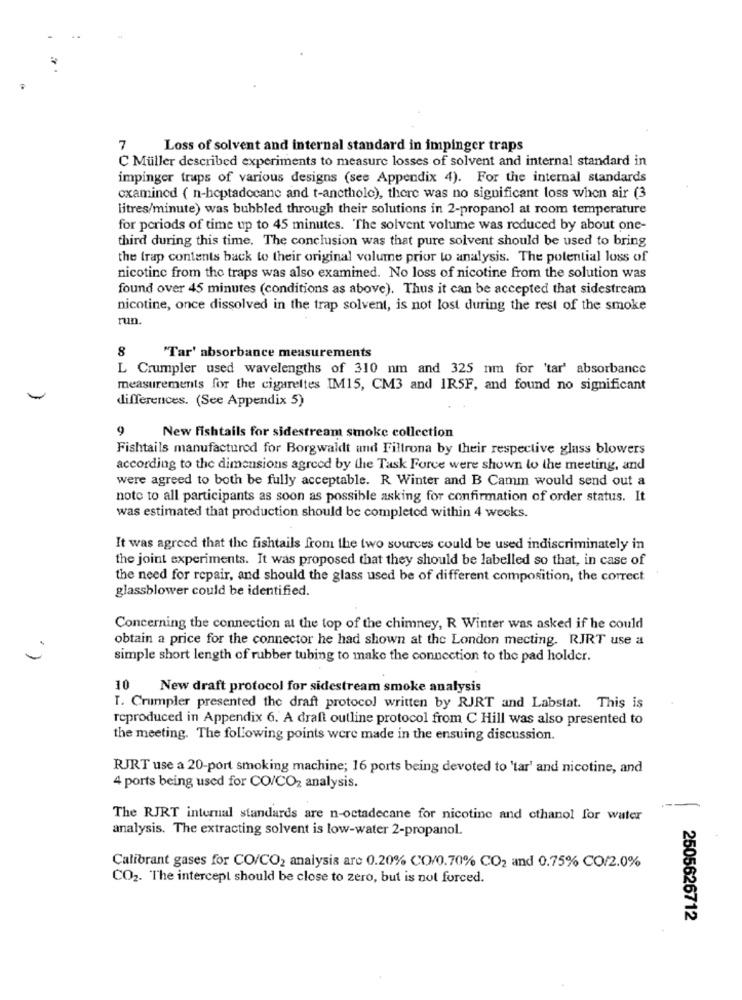
7
Loss of solvent and internal standard in impinger traps
C Müller described experiments to measure losses of solvent and internal standard in
impinger traps of various designs (see Appendix 4). For the internal standards
examined ( n-hoptadocane and t-ancthole), there was no significant loss when air (3
litres/minute) was bubbled through their solutions in 2-propanol at room temperature
for periods of time up to 45 minutes. The solvent volume was reduced by about one-
third during this time. The conclusion was that pure solvent should be used to bring
the trap contents back to their original volume prior to analysis. The potential loss of
nicotine from the traps was also examined. No loss of nicotine from the solution was
found over 45 minutes (conditions as above). Thus it can be accepted that sidestream
nicotine, once dissolved in the trap solvent, is not lost during the rest of the smoke
run.
8
"Tar' absorbance measurements
L Crumpler used wavelengths of 310 nm and 325 nm for 'tar' absorbance
measurements for the cigarettes IM15, CM3 and IRSF, and found no significant
differences. (See Appendix 5)
9
New Fishtails for sidestream smoke collection
Fishtails manufactured for Borgwaldt and Filtrona by their respective glass blowers
according to the dimensions agreed by the Task Force were shown to the meeting, and
were agreed to both be fully acceptable. R Winter and B Camm would send out a
note to all participants as soon as possible asking for confirmation of order status. It
was estimated that production should be completed within 4 weeks.
It was agreed that the fishtails from the two sources could be used indiscriminately in
the joint experiments. It was proposed that they should be labelled so that, in case of
the need for repair, and should the glass used be of different composition, the correct
glassblower could be identified.
Concerning the connection at the top of the chimney, R Winter was asked if he could
obtain a price for the connector he had shown at the London mecting. RJRT use a
simple short length of rubber tubing to make the connection to the pad holder.
10
New draft protocol for sidestream smoke analysis
T. Crumpler presented the draft protocol written by RJRT and Labstat. This is
reproduced in Appendix 6. A draft outline protocol from C Hill was also presented to
the meeting. The following points were made in the ensuing discussion.
RJRT use a 20-port smoking machine; 16 ports being devoted to 'tar' and nicotine, and
4 ports being used for CO/CO2 analysis.
The RJRT internal standards are n-octadecane for nicotine and cthanol for water
analysis. The extracting solvent is low-water 2-propanol.
Calibrant gases for CO/CO2 analysis are 0.20% CO/0.70% CO2 and 0.75% CO/2.0%
CO2. The intercept should be close to zero, but is not forced.
2505626712